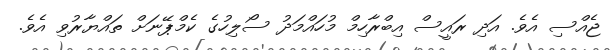
ޖެއްސި އެވެ. އަދި ރައީސް އިބްރާހިމް މުހައްމަދު ސޯލިހުގެ ކެމްޕޭނަށް ތައްޔާރުވި އެވެ.